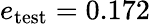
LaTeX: e_{\mathrm{test}}=0.172